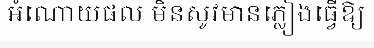
អំណោយផល មិនសូវមានភ្លៀងធ្វើឱ្យ